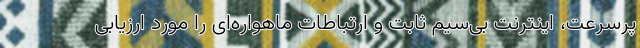
پرسرعت، اینترنت بی‌سیم ثابت و ارتباطات ماهواره‌ای را مورد ارزیابی